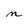
Character: n